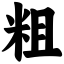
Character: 粗